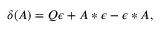
\delta ( A ) = Q \epsilon + A * \epsilon - \epsilon * A ,